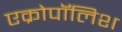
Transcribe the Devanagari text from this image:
एक्रोपॉलिश